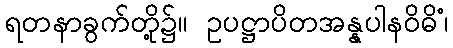
ရတနာခွက်တို့၌။ ဥပဋ္ဌာပိတအန္နပါနဝိဓိံ၊